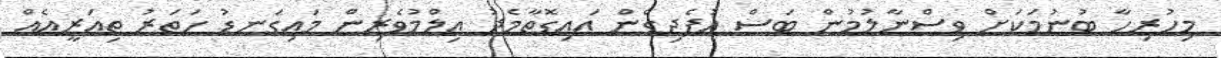
މިހުރިހާ ބުނުމަކަށް ވިސްނާލުމުން ބަސް އުފެދިގެން އައިގޮތާމެދު ޢިލްމުވެރިން މައިގަނޑު ހަތަރު ތިއަރީއެއް